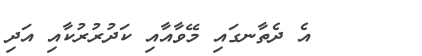
٦٨     އެ ދެތާނގައި މޭވާއާއި ކަދުރުރުކާއި އަދި